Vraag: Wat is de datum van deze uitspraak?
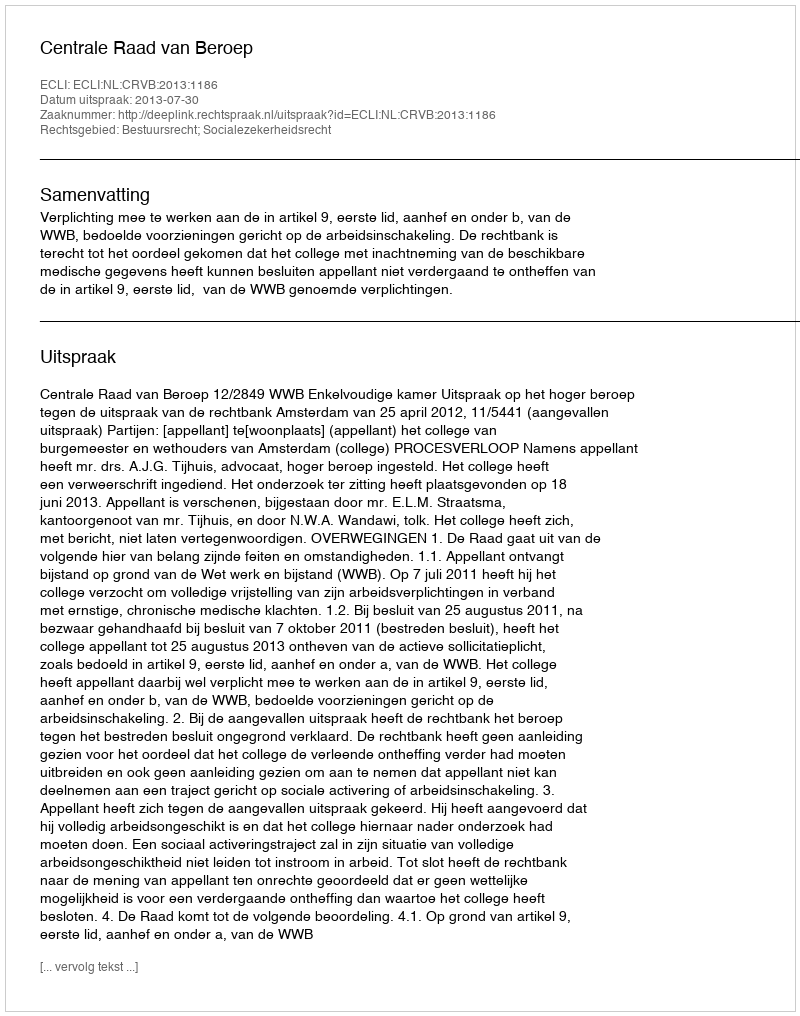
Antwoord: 2013-07-30